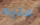
عليه